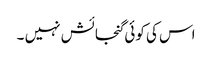
اس کی کوئی گنجائش نہیں ۔